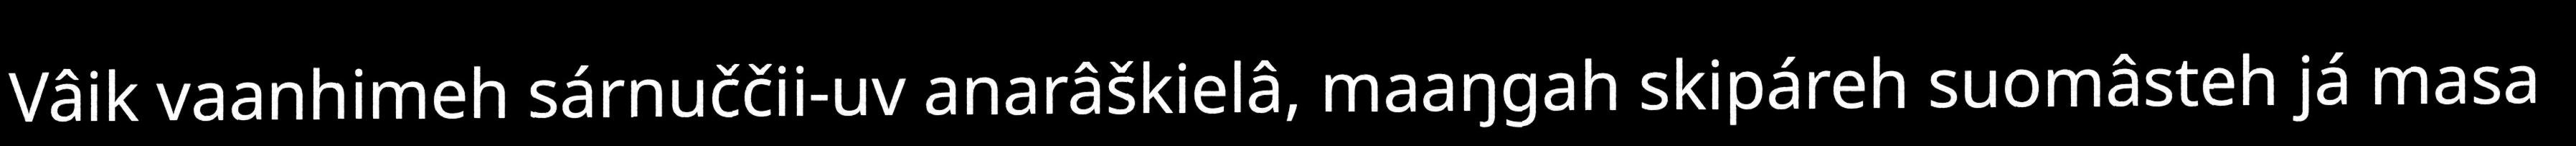
Vâik vaanhimeh sárnuččii-uv anarâškielâ, maaŋgah skipáreh suomâsteh já masa